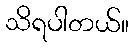
သိရပါတယ်။